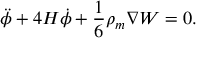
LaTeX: \ddot { \phi } + 4 H \dot { \phi } + \frac { 1 } { 6 } \rho _ { m } \nabla W = 0 .